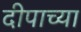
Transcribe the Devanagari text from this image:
दीपाच्या